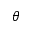
\theta